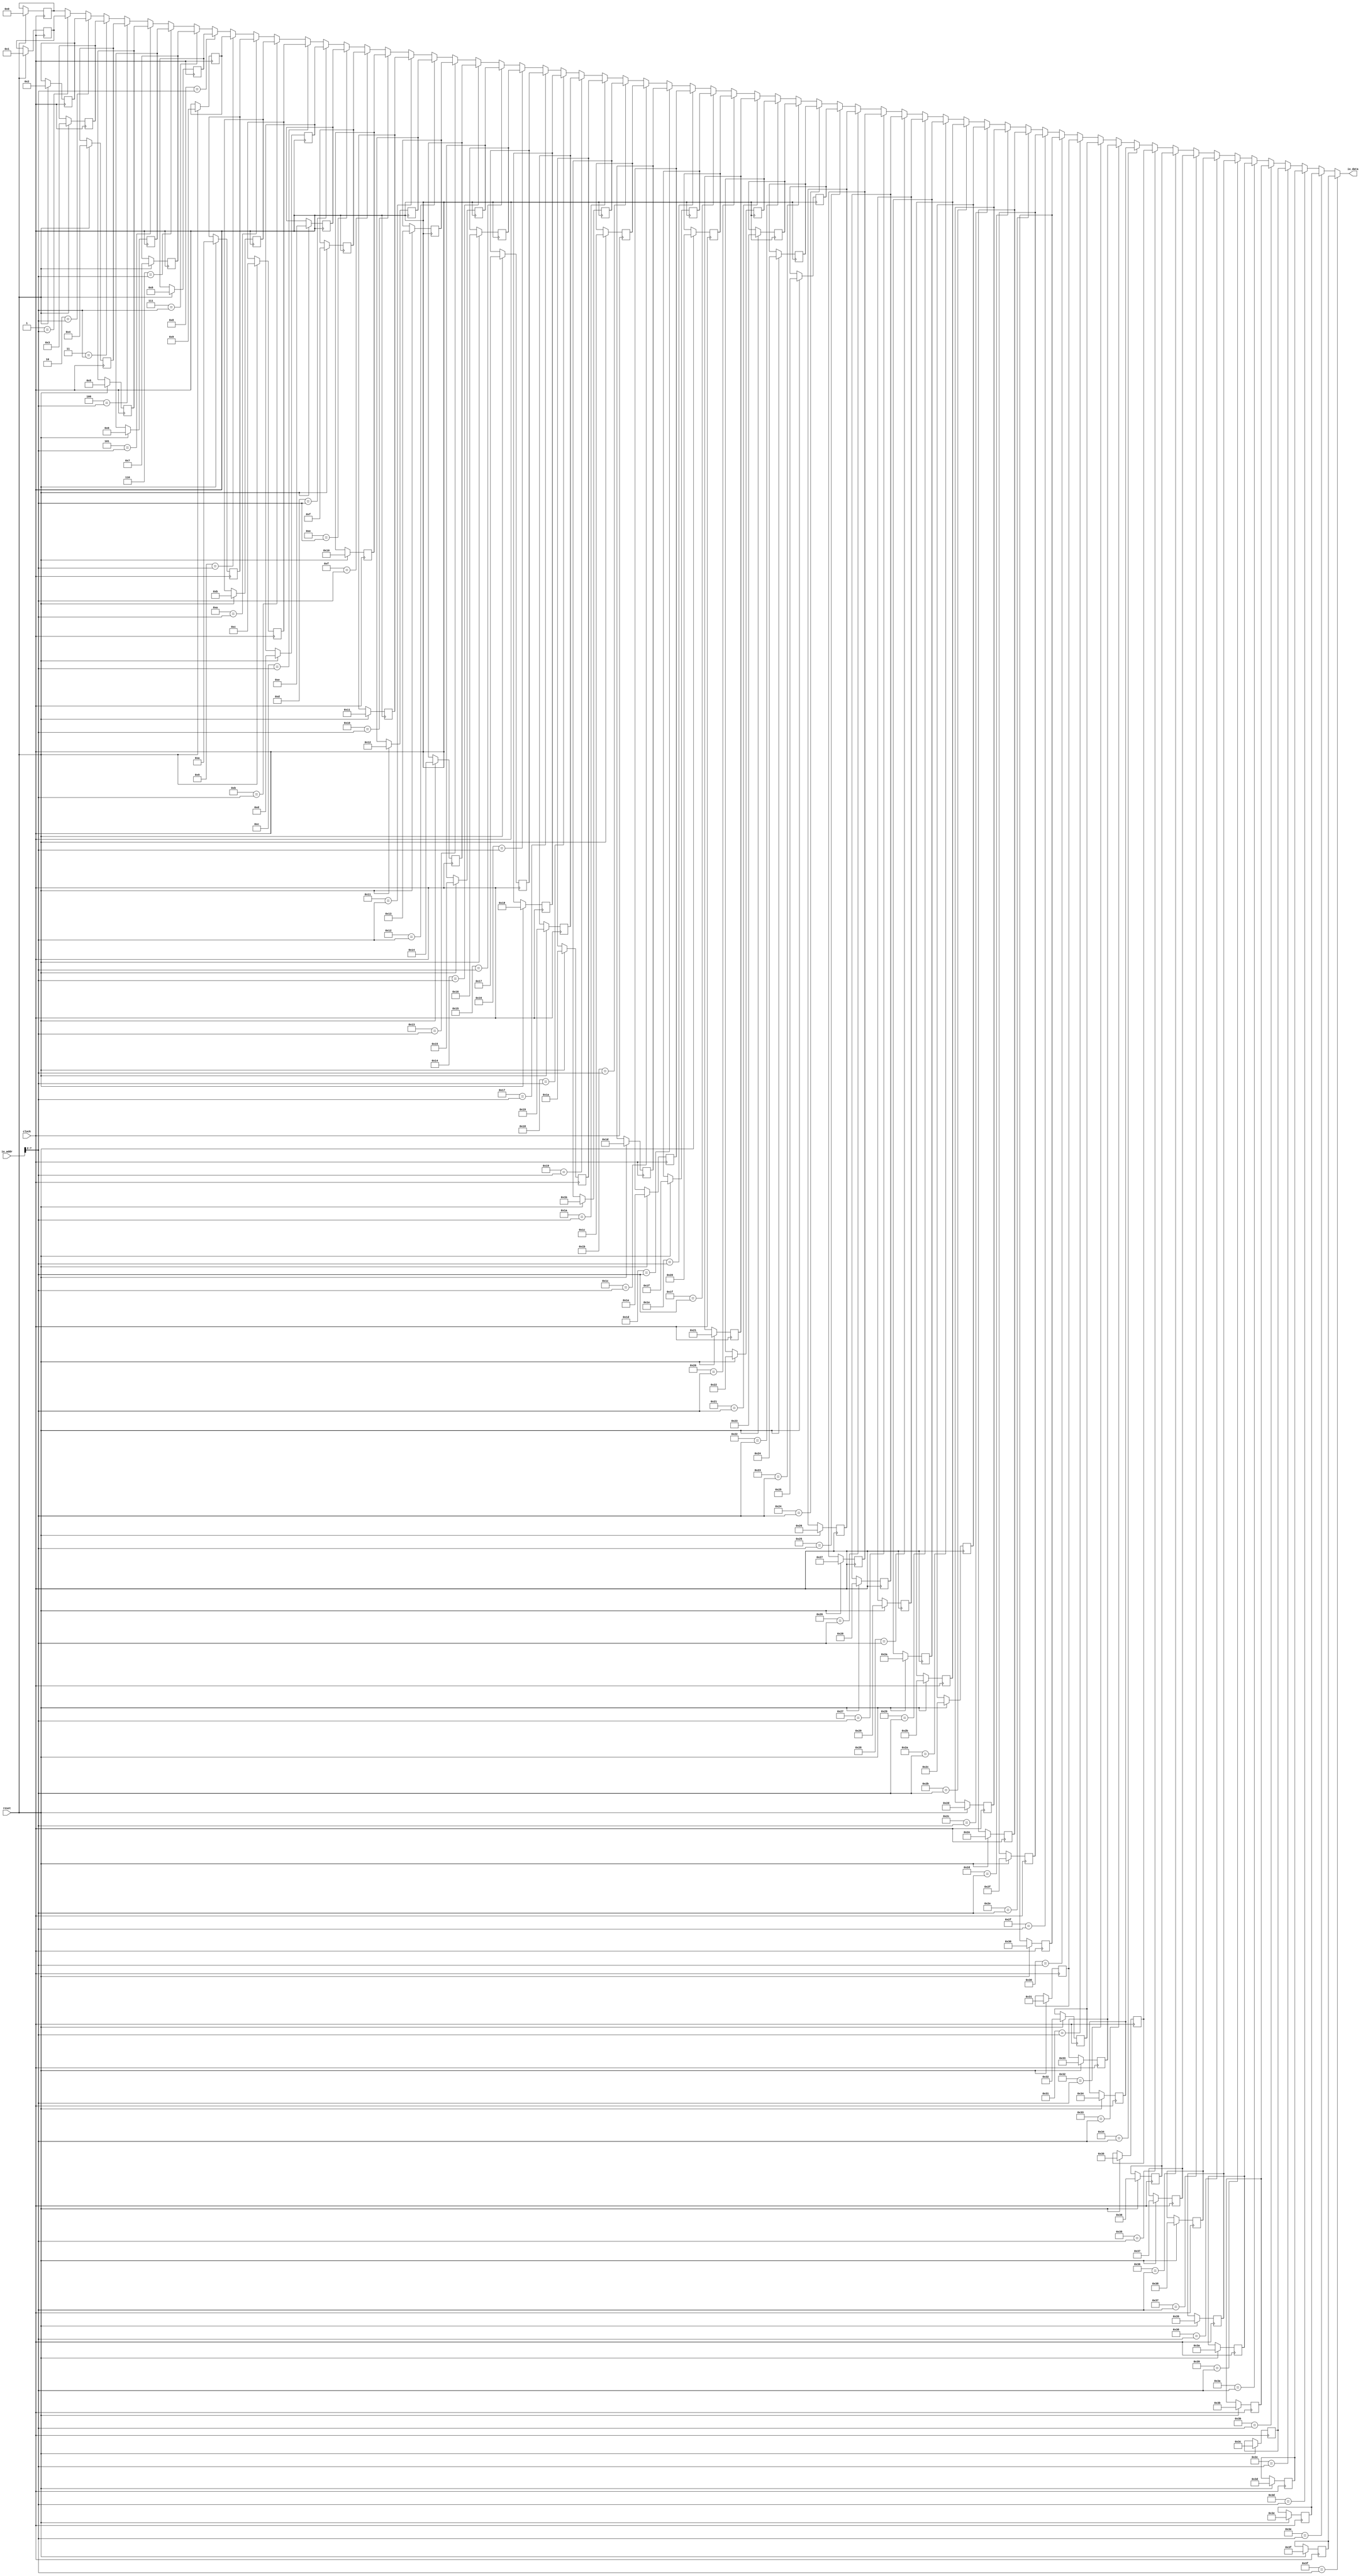
module GoldenICache(
  input         clock,
  input         reset,
  input  [31:0] io_addr,
  output [31:0] io_data
);
`ifdef RANDOMIZE_REG_INIT
  reg [31:0] _RAND_0;
  reg [31:0] _RAND_1;
  reg [31:0] _RAND_2;
  reg [31:0] _RAND_3;
  reg [31:0] _RAND_4;
  reg [31:0] _RAND_5;
  reg [31:0] _RAND_6;
  reg [31:0] _RAND_7;
  reg [31:0] _RAND_8;
  reg [31:0] _RAND_9;
  reg [31:0] _RAND_10;
  reg [31:0] _RAND_11;
  reg [31:0] _RAND_12;
  reg [31:0] _RAND_13;
  reg [31:0] _RAND_14;
  reg [31:0] _RAND_15;
  reg [31:0] _RAND_16;
  reg [31:0] _RAND_17;
  reg [31:0] _RAND_18;
  reg [31:0] _RAND_19;
  reg [31:0] _RAND_20;
  reg [31:0] _RAND_21;
  reg [31:0] _RAND_22;
  reg [31:0] _RAND_23;
  reg [31:0] _RAND_24;
  reg [31:0] _RAND_25;
  reg [31:0] _RAND_26;
  reg [31:0] _RAND_27;
  reg [31:0] _RAND_28;
  reg [31:0] _RAND_29;
  reg [31:0] _RAND_30;
  reg [31:0] _RAND_31;
  reg [31:0] _RAND_32;
  reg [31:0] _RAND_33;
  reg [31:0] _RAND_34;
  reg [31:0] _RAND_35;
  reg [31:0] _RAND_36;
  reg [31:0] _RAND_37;
  reg [31:0] _RAND_38;
  reg [31:0] _RAND_39;
  reg [31:0] _RAND_40;
  reg [31:0] _RAND_41;
  reg [31:0] _RAND_42;
  reg [31:0] _RAND_43;
  reg [31:0] _RAND_44;
  reg [31:0] _RAND_45;
  reg [31:0] _RAND_46;
  reg [31:0] _RAND_47;
  reg [31:0] _RAND_48;
  reg [31:0] _RAND_49;
  reg [31:0] _RAND_50;
  reg [31:0] _RAND_51;
  reg [31:0] _RAND_52;
  reg [31:0] _RAND_53;
  reg [31:0] _RAND_54;
  reg [31:0] _RAND_55;
  reg [31:0] _RAND_56;
  reg [31:0] _RAND_57;
  reg [31:0] _RAND_58;
  reg [31:0] _RAND_59;
  reg [31:0] _RAND_60;
  reg [31:0] _RAND_61;
  reg [31:0] _RAND_62;
  reg [31:0] _RAND_63;
`endif // RANDOMIZE_REG_INIT
  reg [31:0] mem_0; // @[GoldenICache.scala 12:20]
  reg [31:0] mem_1; // @[GoldenICache.scala 12:20]
  reg [31:0] mem_2; // @[GoldenICache.scala 12:20]
  reg [31:0] mem_3; // @[GoldenICache.scala 12:20]
  reg [31:0] mem_4; // @[GoldenICache.scala 12:20]
  reg [31:0] mem_5; // @[GoldenICache.scala 12:20]
  reg [31:0] mem_6; // @[GoldenICache.scala 12:20]
  reg [31:0] mem_7; // @[GoldenICache.scala 12:20]
  reg [31:0] mem_8; // @[GoldenICache.scala 12:20]
  reg [31:0] mem_9; // @[GoldenICache.scala 12:20]
  reg [31:0] mem_10; // @[GoldenICache.scala 12:20]
  reg [31:0] mem_11; // @[GoldenICache.scala 12:20]
  reg [31:0] mem_12; // @[GoldenICache.scala 12:20]
  reg [31:0] mem_13; // @[GoldenICache.scala 12:20]
  reg [31:0] mem_14; // @[GoldenICache.scala 12:20]
  reg [31:0] mem_15; // @[GoldenICache.scala 12:20]
  reg [31:0] mem_16; // @[GoldenICache.scala 12:20]
  reg [31:0] mem_17; // @[GoldenICache.scala 12:20]
  reg [31:0] mem_18; // @[GoldenICache.scala 12:20]
  reg [31:0] mem_19; // @[GoldenICache.scala 12:20]
  reg [31:0] mem_20; // @[GoldenICache.scala 12:20]
  reg [31:0] mem_21; // @[GoldenICache.scala 12:20]
  reg [31:0] mem_22; // @[GoldenICache.scala 12:20]
  reg [31:0] mem_23; // @[GoldenICache.scala 12:20]
  reg [31:0] mem_24; // @[GoldenICache.scala 12:20]
  reg [31:0] mem_25; // @[GoldenICache.scala 12:20]
  reg [31:0] mem_26; // @[GoldenICache.scala 12:20]
  reg [31:0] mem_27; // @[GoldenICache.scala 12:20]
  reg [31:0] mem_28; // @[GoldenICache.scala 12:20]
  reg [31:0] mem_29; // @[GoldenICache.scala 12:20]
  reg [31:0] mem_30; // @[GoldenICache.scala 12:20]
  reg [31:0] mem_31; // @[GoldenICache.scala 12:20]
  reg [31:0] mem_32; // @[GoldenICache.scala 12:20]
  reg [31:0] mem_33; // @[GoldenICache.scala 12:20]
  reg [31:0] mem_34; // @[GoldenICache.scala 12:20]
  reg [31:0] mem_35; // @[GoldenICache.scala 12:20]
  reg [31:0] mem_36; // @[GoldenICache.scala 12:20]
  reg [31:0] mem_37; // @[GoldenICache.scala 12:20]
  reg [31:0] mem_38; // @[GoldenICache.scala 12:20]
  reg [31:0] mem_39; // @[GoldenICache.scala 12:20]
  reg [31:0] mem_40; // @[GoldenICache.scala 12:20]
  reg [31:0] mem_41; // @[GoldenICache.scala 12:20]
  reg [31:0] mem_42; // @[GoldenICache.scala 12:20]
  reg [31:0] mem_43; // @[GoldenICache.scala 12:20]
  reg [31:0] mem_44; // @[GoldenICache.scala 12:20]
  reg [31:0] mem_45; // @[GoldenICache.scala 12:20]
  reg [31:0] mem_46; // @[GoldenICache.scala 12:20]
  reg [31:0] mem_47; // @[GoldenICache.scala 12:20]
  reg [31:0] mem_48; // @[GoldenICache.scala 12:20]
  reg [31:0] mem_49; // @[GoldenICache.scala 12:20]
  reg [31:0] mem_50; // @[GoldenICache.scala 12:20]
  reg [31:0] mem_51; // @[GoldenICache.scala 12:20]
  reg [31:0] mem_52; // @[GoldenICache.scala 12:20]
  reg [31:0] mem_53; // @[GoldenICache.scala 12:20]
  reg [31:0] mem_54; // @[GoldenICache.scala 12:20]
  reg [31:0] mem_55; // @[GoldenICache.scala 12:20]
  reg [31:0] mem_56; // @[GoldenICache.scala 12:20]
  reg [31:0] mem_57; // @[GoldenICache.scala 12:20]
  reg [31:0] mem_58; // @[GoldenICache.scala 12:20]
  reg [31:0] mem_59; // @[GoldenICache.scala 12:20]
  reg [31:0] mem_60; // @[GoldenICache.scala 12:20]
  reg [31:0] mem_61; // @[GoldenICache.scala 12:20]
  reg [31:0] mem_62; // @[GoldenICache.scala 12:20]
  reg [31:0] mem_63; // @[GoldenICache.scala 12:20]
  wire [31:0] _GEN_1 = 6'h1 == io_addr[7:2] ? mem_1 : mem_0; // @[GoldenICache.scala 14:11]
  wire [31:0] _GEN_2 = 6'h2 == io_addr[7:2] ? mem_2 : _GEN_1; // @[GoldenICache.scala 14:11]
  wire [31:0] _GEN_3 = 6'h3 == io_addr[7:2] ? mem_3 : _GEN_2; // @[GoldenICache.scala 14:11]
  wire [31:0] _GEN_4 = 6'h4 == io_addr[7:2] ? mem_4 : _GEN_3; // @[GoldenICache.scala 14:11]
  wire [31:0] _GEN_5 = 6'h5 == io_addr[7:2] ? mem_5 : _GEN_4; // @[GoldenICache.scala 14:11]
  wire [31:0] _GEN_6 = 6'h6 == io_addr[7:2] ? mem_6 : _GEN_5; // @[GoldenICache.scala 14:11]
  wire [31:0] _GEN_7 = 6'h7 == io_addr[7:2] ? mem_7 : _GEN_6; // @[GoldenICache.scala 14:11]
  wire [31:0] _GEN_8 = 6'h8 == io_addr[7:2] ? mem_8 : _GEN_7; // @[GoldenICache.scala 14:11]
  wire [31:0] _GEN_9 = 6'h9 == io_addr[7:2] ? mem_9 : _GEN_8; // @[GoldenICache.scala 14:11]
  wire [31:0] _GEN_10 = 6'ha == io_addr[7:2] ? mem_10 : _GEN_9; // @[GoldenICache.scala 14:11]
  wire [31:0] _GEN_11 = 6'hb == io_addr[7:2] ? mem_11 : _GEN_10; // @[GoldenICache.scala 14:11]
  wire [31:0] _GEN_12 = 6'hc == io_addr[7:2] ? mem_12 : _GEN_11; // @[GoldenICache.scala 14:11]
  wire [31:0] _GEN_13 = 6'hd == io_addr[7:2] ? mem_13 : _GEN_12; // @[GoldenICache.scala 14:11]
  wire [31:0] _GEN_14 = 6'he == io_addr[7:2] ? mem_14 : _GEN_13; // @[GoldenICache.scala 14:11]
  wire [31:0] _GEN_15 = 6'hf == io_addr[7:2] ? mem_15 : _GEN_14; // @[GoldenICache.scala 14:11]
  wire [31:0] _GEN_16 = 6'h10 == io_addr[7:2] ? mem_16 : _GEN_15; // @[GoldenICache.scala 14:11]
  wire [31:0] _GEN_17 = 6'h11 == io_addr[7:2] ? mem_17 : _GEN_16; // @[GoldenICache.scala 14:11]
  wire [31:0] _GEN_18 = 6'h12 == io_addr[7:2] ? mem_18 : _GEN_17; // @[GoldenICache.scala 14:11]
  wire [31:0] _GEN_19 = 6'h13 == io_addr[7:2] ? mem_19 : _GEN_18; // @[GoldenICache.scala 14:11]
  wire [31:0] _GEN_20 = 6'h14 == io_addr[7:2] ? mem_20 : _GEN_19; // @[GoldenICache.scala 14:11]
  wire [31:0] _GEN_21 = 6'h15 == io_addr[7:2] ? mem_21 : _GEN_20; // @[GoldenICache.scala 14:11]
  wire [31:0] _GEN_22 = 6'h16 == io_addr[7:2] ? mem_22 : _GEN_21; // @[GoldenICache.scala 14:11]
  wire [31:0] _GEN_23 = 6'h17 == io_addr[7:2] ? mem_23 : _GEN_22; // @[GoldenICache.scala 14:11]
  wire [31:0] _GEN_24 = 6'h18 == io_addr[7:2] ? mem_24 : _GEN_23; // @[GoldenICache.scala 14:11]
  wire [31:0] _GEN_25 = 6'h19 == io_addr[7:2] ? mem_25 : _GEN_24; // @[GoldenICache.scala 14:11]
  wire [31:0] _GEN_26 = 6'h1a == io_addr[7:2] ? mem_26 : _GEN_25; // @[GoldenICache.scala 14:11]
  wire [31:0] _GEN_27 = 6'h1b == io_addr[7:2] ? mem_27 : _GEN_26; // @[GoldenICache.scala 14:11]
  wire [31:0] _GEN_28 = 6'h1c == io_addr[7:2] ? mem_28 : _GEN_27; // @[GoldenICache.scala 14:11]
  wire [31:0] _GEN_29 = 6'h1d == io_addr[7:2] ? mem_29 : _GEN_28; // @[GoldenICache.scala 14:11]
  wire [31:0] _GEN_30 = 6'h1e == io_addr[7:2] ? mem_30 : _GEN_29; // @[GoldenICache.scala 14:11]
  wire [31:0] _GEN_31 = 6'h1f == io_addr[7:2] ? mem_31 : _GEN_30; // @[GoldenICache.scala 14:11]
  wire [31:0] _GEN_32 = 6'h20 == io_addr[7:2] ? mem_32 : _GEN_31; // @[GoldenICache.scala 14:11]
  wire [31:0] _GEN_33 = 6'h21 == io_addr[7:2] ? mem_33 : _GEN_32; // @[GoldenICache.scala 14:11]
  wire [31:0] _GEN_34 = 6'h22 == io_addr[7:2] ? mem_34 : _GEN_33; // @[GoldenICache.scala 14:11]
  wire [31:0] _GEN_35 = 6'h23 == io_addr[7:2] ? mem_35 : _GEN_34; // @[GoldenICache.scala 14:11]
  wire [31:0] _GEN_36 = 6'h24 == io_addr[7:2] ? mem_36 : _GEN_35; // @[GoldenICache.scala 14:11]
  wire [31:0] _GEN_37 = 6'h25 == io_addr[7:2] ? mem_37 : _GEN_36; // @[GoldenICache.scala 14:11]
  wire [31:0] _GEN_38 = 6'h26 == io_addr[7:2] ? mem_38 : _GEN_37; // @[GoldenICache.scala 14:11]
  wire [31:0] _GEN_39 = 6'h27 == io_addr[7:2] ? mem_39 : _GEN_38; // @[GoldenICache.scala 14:11]
  wire [31:0] _GEN_40 = 6'h28 == io_addr[7:2] ? mem_40 : _GEN_39; // @[GoldenICache.scala 14:11]
  wire [31:0] _GEN_41 = 6'h29 == io_addr[7:2] ? mem_41 : _GEN_40; // @[GoldenICache.scala 14:11]
  wire [31:0] _GEN_42 = 6'h2a == io_addr[7:2] ? mem_42 : _GEN_41; // @[GoldenICache.scala 14:11]
  wire [31:0] _GEN_43 = 6'h2b == io_addr[7:2] ? mem_43 : _GEN_42; // @[GoldenICache.scala 14:11]
  wire [31:0] _GEN_44 = 6'h2c == io_addr[7:2] ? mem_44 : _GEN_43; // @[GoldenICache.scala 14:11]
  wire [31:0] _GEN_45 = 6'h2d == io_addr[7:2] ? mem_45 : _GEN_44; // @[GoldenICache.scala 14:11]
  wire [31:0] _GEN_46 = 6'h2e == io_addr[7:2] ? mem_46 : _GEN_45; // @[GoldenICache.scala 14:11]
  wire [31:0] _GEN_47 = 6'h2f == io_addr[7:2] ? mem_47 : _GEN_46; // @[GoldenICache.scala 14:11]
  wire [31:0] _GEN_48 = 6'h30 == io_addr[7:2] ? mem_48 : _GEN_47; // @[GoldenICache.scala 14:11]
  wire [31:0] _GEN_49 = 6'h31 == io_addr[7:2] ? mem_49 : _GEN_48; // @[GoldenICache.scala 14:11]
  wire [31:0] _GEN_50 = 6'h32 == io_addr[7:2] ? mem_50 : _GEN_49; // @[GoldenICache.scala 14:11]
  wire [31:0] _GEN_51 = 6'h33 == io_addr[7:2] ? mem_51 : _GEN_50; // @[GoldenICache.scala 14:11]
  wire [31:0] _GEN_52 = 6'h34 == io_addr[7:2] ? mem_52 : _GEN_51; // @[GoldenICache.scala 14:11]
  wire [31:0] _GEN_53 = 6'h35 == io_addr[7:2] ? mem_53 : _GEN_52; // @[GoldenICache.scala 14:11]
  wire [31:0] _GEN_54 = 6'h36 == io_addr[7:2] ? mem_54 : _GEN_53; // @[GoldenICache.scala 14:11]
  wire [31:0] _GEN_55 = 6'h37 == io_addr[7:2] ? mem_55 : _GEN_54; // @[GoldenICache.scala 14:11]
  wire [31:0] _GEN_56 = 6'h38 == io_addr[7:2] ? mem_56 : _GEN_55; // @[GoldenICache.scala 14:11]
  wire [31:0] _GEN_57 = 6'h39 == io_addr[7:2] ? mem_57 : _GEN_56; // @[GoldenICache.scala 14:11]
  wire [31:0] _GEN_58 = 6'h3a == io_addr[7:2] ? mem_58 : _GEN_57; // @[GoldenICache.scala 14:11]
  wire [31:0] _GEN_59 = 6'h3b == io_addr[7:2] ? mem_59 : _GEN_58; // @[GoldenICache.scala 14:11]
  wire [31:0] _GEN_60 = 6'h3c == io_addr[7:2] ? mem_60 : _GEN_59; // @[GoldenICache.scala 14:11]
  wire [31:0] _GEN_61 = 6'h3d == io_addr[7:2] ? mem_61 : _GEN_60; // @[GoldenICache.scala 14:11]
  wire [31:0] _GEN_62 = 6'h3e == io_addr[7:2] ? mem_62 : _GEN_61; // @[GoldenICache.scala 14:11]
  assign io_data = 6'h3f == io_addr[7:2] ? mem_63 : _GEN_62; // @[GoldenICache.scala 14:11]
`ifdef RANDOMIZE_GARBAGE_ASSIGN
`define RANDOMIZE
`endif
`ifdef RANDOMIZE_INVALID_ASSIGN
`define RANDOMIZE
`endif
`ifdef RANDOMIZE_REG_INIT
`define RANDOMIZE
`endif
`ifdef RANDOMIZE_MEM_INIT
`define RANDOMIZE
`endif
`ifndef RANDOM
`define RANDOM $random
`endif
`ifdef RANDOMIZE_MEM_INIT
  integer initvar;
`endif
`ifndef SYNTHESIS
`ifdef FIRRTL_BEFORE_INITIAL
`FIRRTL_BEFORE_INITIAL
`endif
initial begin
  `ifdef RANDOMIZE
    `ifdef INIT_RANDOM
      `INIT_RANDOM
    `endif
    `ifndef VERILATOR
      `ifdef RANDOMIZE_DELAY
        #`RANDOMIZE_DELAY begin end
      `else
        #0.002 begin end
      `endif
    `endif
`ifdef RANDOMIZE_REG_INIT
  _RAND_0 = {1{`RANDOM}};
  mem_0 = _RAND_0[31:0];
  _RAND_1 = {1{`RANDOM}};
  mem_1 = _RAND_1[31:0];
  _RAND_2 = {1{`RANDOM}};
  mem_2 = _RAND_2[31:0];
  _RAND_3 = {1{`RANDOM}};
  mem_3 = _RAND_3[31:0];
  _RAND_4 = {1{`RANDOM}};
  mem_4 = _RAND_4[31:0];
  _RAND_5 = {1{`RANDOM}};
  mem_5 = _RAND_5[31:0];
  _RAND_6 = {1{`RANDOM}};
  mem_6 = _RAND_6[31:0];
  _RAND_7 = {1{`RANDOM}};
  mem_7 = _RAND_7[31:0];
  _RAND_8 = {1{`RANDOM}};
  mem_8 = _RAND_8[31:0];
  _RAND_9 = {1{`RANDOM}};
  mem_9 = _RAND_9[31:0];
  _RAND_10 = {1{`RANDOM}};
  mem_10 = _RAND_10[31:0];
  _RAND_11 = {1{`RANDOM}};
  mem_11 = _RAND_11[31:0];
  _RAND_12 = {1{`RANDOM}};
  mem_12 = _RAND_12[31:0];
  _RAND_13 = {1{`RANDOM}};
  mem_13 = _RAND_13[31:0];
  _RAND_14 = {1{`RANDOM}};
  mem_14 = _RAND_14[31:0];
  _RAND_15 = {1{`RANDOM}};
  mem_15 = _RAND_15[31:0];
  _RAND_16 = {1{`RANDOM}};
  mem_16 = _RAND_16[31:0];
  _RAND_17 = {1{`RANDOM}};
  mem_17 = _RAND_17[31:0];
  _RAND_18 = {1{`RANDOM}};
  mem_18 = _RAND_18[31:0];
  _RAND_19 = {1{`RANDOM}};
  mem_19 = _RAND_19[31:0];
  _RAND_20 = {1{`RANDOM}};
  mem_20 = _RAND_20[31:0];
  _RAND_21 = {1{`RANDOM}};
  mem_21 = _RAND_21[31:0];
  _RAND_22 = {1{`RANDOM}};
  mem_22 = _RAND_22[31:0];
  _RAND_23 = {1{`RANDOM}};
  mem_23 = _RAND_23[31:0];
  _RAND_24 = {1{`RANDOM}};
  mem_24 = _RAND_24[31:0];
  _RAND_25 = {1{`RANDOM}};
  mem_25 = _RAND_25[31:0];
  _RAND_26 = {1{`RANDOM}};
  mem_26 = _RAND_26[31:0];
  _RAND_27 = {1{`RANDOM}};
  mem_27 = _RAND_27[31:0];
  _RAND_28 = {1{`RANDOM}};
  mem_28 = _RAND_28[31:0];
  _RAND_29 = {1{`RANDOM}};
  mem_29 = _RAND_29[31:0];
  _RAND_30 = {1{`RANDOM}};
  mem_30 = _RAND_30[31:0];
  _RAND_31 = {1{`RANDOM}};
  mem_31 = _RAND_31[31:0];
  _RAND_32 = {1{`RANDOM}};
  mem_32 = _RAND_32[31:0];
  _RAND_33 = {1{`RANDOM}};
  mem_33 = _RAND_33[31:0];
  _RAND_34 = {1{`RANDOM}};
  mem_34 = _RAND_34[31:0];
  _RAND_35 = {1{`RANDOM}};
  mem_35 = _RAND_35[31:0];
  _RAND_36 = {1{`RANDOM}};
  mem_36 = _RAND_36[31:0];
  _RAND_37 = {1{`RANDOM}};
  mem_37 = _RAND_37[31:0];
  _RAND_38 = {1{`RANDOM}};
  mem_38 = _RAND_38[31:0];
  _RAND_39 = {1{`RANDOM}};
  mem_39 = _RAND_39[31:0];
  _RAND_40 = {1{`RANDOM}};
  mem_40 = _RAND_40[31:0];
  _RAND_41 = {1{`RANDOM}};
  mem_41 = _RAND_41[31:0];
  _RAND_42 = {1{`RANDOM}};
  mem_42 = _RAND_42[31:0];
  _RAND_43 = {1{`RANDOM}};
  mem_43 = _RAND_43[31:0];
  _RAND_44 = {1{`RANDOM}};
  mem_44 = _RAND_44[31:0];
  _RAND_45 = {1{`RANDOM}};
  mem_45 = _RAND_45[31:0];
  _RAND_46 = {1{`RANDOM}};
  mem_46 = _RAND_46[31:0];
  _RAND_47 = {1{`RANDOM}};
  mem_47 = _RAND_47[31:0];
  _RAND_48 = {1{`RANDOM}};
  mem_48 = _RAND_48[31:0];
  _RAND_49 = {1{`RANDOM}};
  mem_49 = _RAND_49[31:0];
  _RAND_50 = {1{`RANDOM}};
  mem_50 = _RAND_50[31:0];
  _RAND_51 = {1{`RANDOM}};
  mem_51 = _RAND_51[31:0];
  _RAND_52 = {1{`RANDOM}};
  mem_52 = _RAND_52[31:0];
  _RAND_53 = {1{`RANDOM}};
  mem_53 = _RAND_53[31:0];
  _RAND_54 = {1{`RANDOM}};
  mem_54 = _RAND_54[31:0];
  _RAND_55 = {1{`RANDOM}};
  mem_55 = _RAND_55[31:0];
  _RAND_56 = {1{`RANDOM}};
  mem_56 = _RAND_56[31:0];
  _RAND_57 = {1{`RANDOM}};
  mem_57 = _RAND_57[31:0];
  _RAND_58 = {1{`RANDOM}};
  mem_58 = _RAND_58[31:0];
  _RAND_59 = {1{`RANDOM}};
  mem_59 = _RAND_59[31:0];
  _RAND_60 = {1{`RANDOM}};
  mem_60 = _RAND_60[31:0];
  _RAND_61 = {1{`RANDOM}};
  mem_61 = _RAND_61[31:0];
  _RAND_62 = {1{`RANDOM}};
  mem_62 = _RAND_62[31:0];
  _RAND_63 = {1{`RANDOM}};
  mem_63 = _RAND_63[31:0];
`endif // RANDOMIZE_REG_INIT
  `endif // RANDOMIZE
end // initial
`ifdef FIRRTL_AFTER_INITIAL
`FIRRTL_AFTER_INITIAL
`endif
`endif // SYNTHESIS
  always @(posedge clock) begin
    if (reset) begin
      mem_0 <= 32'h0;
    end
    if (reset) begin
      mem_1 <= 32'h1;
    end
    if (reset) begin
      mem_2 <= 32'h2;
    end
    if (reset) begin
      mem_3 <= 32'h3;
    end
    if (reset) begin
      mem_4 <= 32'h4;
    end
    if (reset) begin
      mem_5 <= 32'h5;
    end
    if (reset) begin
      mem_6 <= 32'h6;
    end
    if (reset) begin
      mem_7 <= 32'h7;
    end
    if (reset) begin
      mem_8 <= 32'h8;
    end
    if (reset) begin
      mem_9 <= 32'h9;
    end
    if (reset) begin
      mem_10 <= 32'ha;
    end
    if (reset) begin
      mem_11 <= 32'hb;
    end
    if (reset) begin
      mem_12 <= 32'hc;
    end
    if (reset) begin
      mem_13 <= 32'hd;
    end
    if (reset) begin
      mem_14 <= 32'he;
    end
    if (reset) begin
      mem_15 <= 32'hf;
    end
    if (reset) begin
      mem_16 <= 32'h10;
    end
    if (reset) begin
      mem_17 <= 32'h11;
    end
    if (reset) begin
      mem_18 <= 32'h12;
    end
    if (reset) begin
      mem_19 <= 32'h13;
    end
    if (reset) begin
      mem_20 <= 32'h14;
    end
    if (reset) begin
      mem_21 <= 32'h15;
    end
    if (reset) begin
      mem_22 <= 32'h16;
    end
    if (reset) begin
      mem_23 <= 32'h17;
    end
    if (reset) begin
      mem_24 <= 32'h18;
    end
    if (reset) begin
      mem_25 <= 32'h19;
    end
    if (reset) begin
      mem_26 <= 32'h1a;
    end
    if (reset) begin
      mem_27 <= 32'h1b;
    end
    if (reset) begin
      mem_28 <= 32'h1c;
    end
    if (reset) begin
      mem_29 <= 32'h1d;
    end
    if (reset) begin
      mem_30 <= 32'h1e;
    end
    if (reset) begin
      mem_31 <= 32'h1f;
    end
    if (reset) begin
      mem_32 <= 32'h20;
    end
    if (reset) begin
      mem_33 <= 32'h21;
    end
    if (reset) begin
      mem_34 <= 32'h22;
    end
    if (reset) begin
      mem_35 <= 32'h23;
    end
    if (reset) begin
      mem_36 <= 32'h24;
    end
    if (reset) begin
      mem_37 <= 32'h25;
    end
    if (reset) begin
      mem_38 <= 32'h26;
    end
    if (reset) begin
      mem_39 <= 32'h27;
    end
    if (reset) begin
      mem_40 <= 32'h28;
    end
    if (reset) begin
      mem_41 <= 32'h29;
    end
    if (reset) begin
      mem_42 <= 32'h2a;
    end
    if (reset) begin
      mem_43 <= 32'h2b;
    end
    if (reset) begin
      mem_44 <= 32'h2c;
    end
    if (reset) begin
      mem_45 <= 32'h2d;
    end
    if (reset) begin
      mem_46 <= 32'h2e;
    end
    if (reset) begin
      mem_47 <= 32'h2f;
    end
    if (reset) begin
      mem_48 <= 32'h30;
    end
    if (reset) begin
      mem_49 <= 32'h31;
    end
    if (reset) begin
      mem_50 <= 32'h32;
    end
    if (reset) begin
      mem_51 <= 32'h33;
    end
    if (reset) begin
      mem_52 <= 32'h34;
    end
    if (reset) begin
      mem_53 <= 32'h35;
    end
    if (reset) begin
      mem_54 <= 32'h36;
    end
    if (reset) begin
      mem_55 <= 32'h37;
    end
    if (reset) begin
      mem_56 <= 32'h38;
    end
    if (reset) begin
      mem_57 <= 32'h39;
    end
    if (reset) begin
      mem_58 <= 32'h3a;
    end
    if (reset) begin
      mem_59 <= 32'h3b;
    end
    if (reset) begin
      mem_60 <= 32'h3c;
    end
    if (reset) begin
      mem_61 <= 32'h3d;
    end
    if (reset) begin
      mem_62 <= 32'h3e;
    end
    if (reset) begin
      mem_63 <= 32'h3f;
    end
  end
endmodule